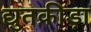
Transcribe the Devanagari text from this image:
द्युतक्रीड़ा